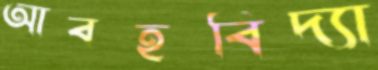
আবহবিদ্যা